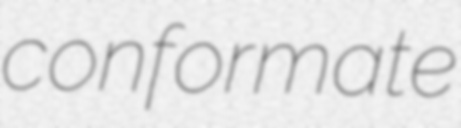
conformate